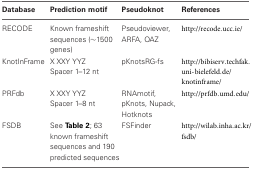
<table><thead><tr><td><b>Database</b></td><td><b>Prediction motif</b></td><td><b>Pseudoknot</b></td><td><b>References</b></td></tr></thead><tbody><tr><td>RECODE</td><td>Known frameshift sequences (~1500 genes)</td><td>Pseudoviewer, ARFA, OAZ</td><td>http://recode.ucc.ie/</td></tr><tr><td>KnotInFrame</td><td>X XXY YYZ Spacer 1–12 nt</td><td>pKnotsRG-fs</td><td>http://bibiserv.techfak.uni-bielefeld.de/knotinframe/</td></tr><tr><td>PRFdb</td><td>X XXY YYZ Spacer 1–8 nt</td><td>RNAmotif, pKnots, Nupack, Hotknots</td><td>http://prfdb.umd.edu/</td></tr><tr><td>FSDB</td><td>See Table 2; 63 known frameshift sequences and 190 predicted sequences</td><td>FSFinder</td><td>http://wilab.inha.ac.kr/fsdb/</td></tr></tbody></table>